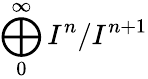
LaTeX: \bigoplus_{0}^{\infty}I^{n}/I^{n+1}